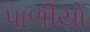
પાળીયો